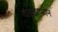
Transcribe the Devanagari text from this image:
वाइब्राफोन